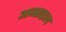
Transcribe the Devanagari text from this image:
अजराइल